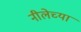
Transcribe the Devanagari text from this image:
नीलेच्या